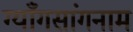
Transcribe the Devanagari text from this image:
ग्याँगसांगनाम